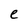
Character: e